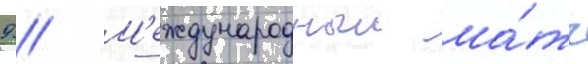
9 // М'еждународныи ма́тч